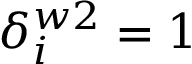
\delta _ { i } ^ { w 2 } = 1